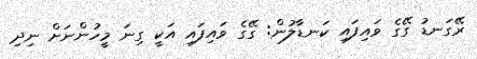
ރޭގަނޑު ގޭގެ ވައިފައި ކަނޑާލުން: ގޭގެ ވައިފައި އަކީ ގިނަ މީހުންނަށް ނިދި